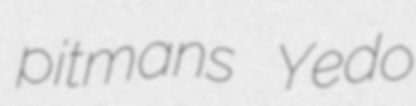
pitmans Yedo